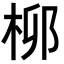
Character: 𬂪